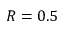
R = 0 . 5